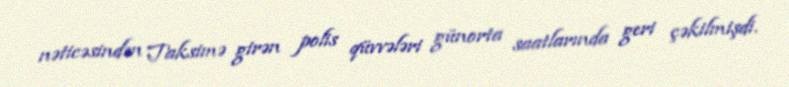
nəticəsindən Taksimə girən polis qüvvələri günorta saatlarında geri çəkilmişdi.